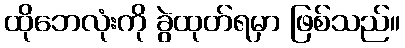
ထိုဘေလုံးကို ခွဲထုတ်ရမှာ ဖြစ်သည်။